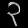
Digit: ၃